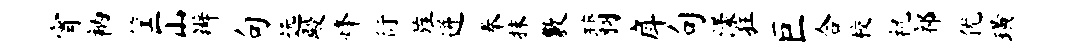
宵衲筐山辨句远殿烽衍旌迸秦抹敷翡戽句漾狂巨合校祝祁优璜